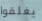
يغلقوا